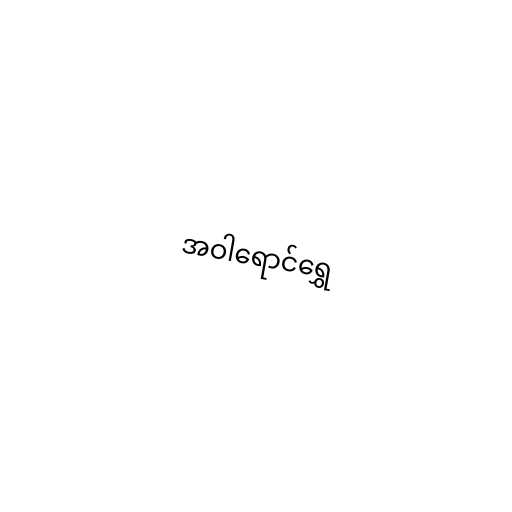
အဝါရောင်ရွှေ